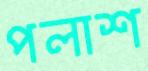
পলাশ